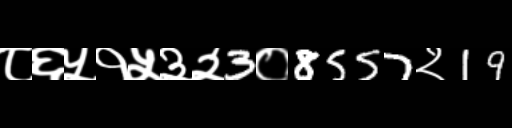
Text: ८६५१५३२3०8557२19